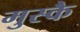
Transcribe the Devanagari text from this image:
मुस्कै